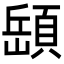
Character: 𩓥